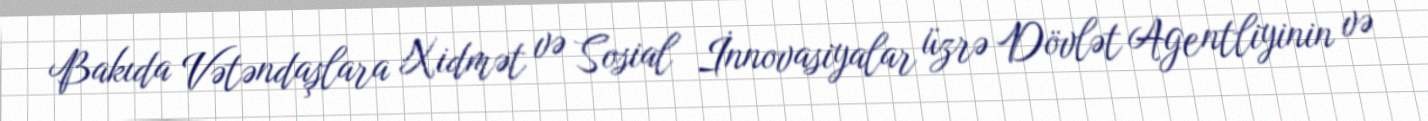
Bakıda Vətəndaşlara Xidmət və Sosial İnnovasiyalar üzrə Dövlət Agentliyinin və